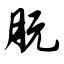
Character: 朊